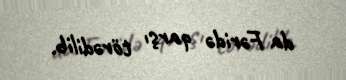
da Fəridə qarşı törədilib.